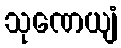
သုဏေယျံ